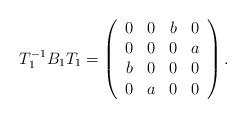
LaTeX: \begin{align*}T_1^{-1}B_1T_1=\left({\begin{array}{*{20}c}0 & 0 & b & 0 \\0 & 0 & 0 & a\\b & 0 & 0 & 0 \\0 & a & 0 & 0\\\end{array}}\right).\end{align*}